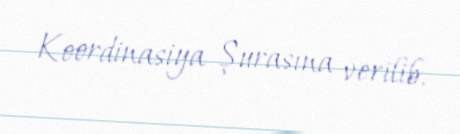
Koordinasiya Şurasına verilib.